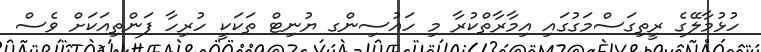
ހުޅުމާލޭގެ ރީތިގަސްމަގުގައި އިމާރާތްކުރާ މި ހައުސިންގ ޔުނިޓް ތަކަކީ ހުރިހާ ފަންތިއަކަށް ވެސް